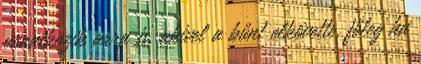
vonatkozik arra is, akivel a bűnt elkövette, főleg ha